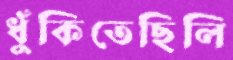
ধুঁকিতেছিলি